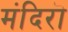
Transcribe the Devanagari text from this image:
मंदिरॊ